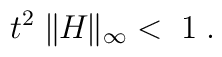
t^2 \parallel \!\! H \!\! \parallel_{\infty} \; < \; 1 \; .